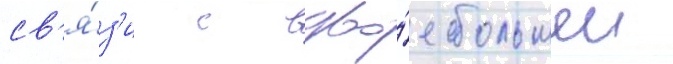
св'я́з'и с вдво́е большеи